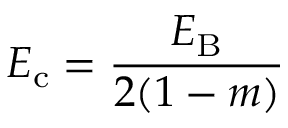
E _ { \mathrm { c } } = \frac { E _ { \mathrm { B } } } { 2 ( 1 - m ) }